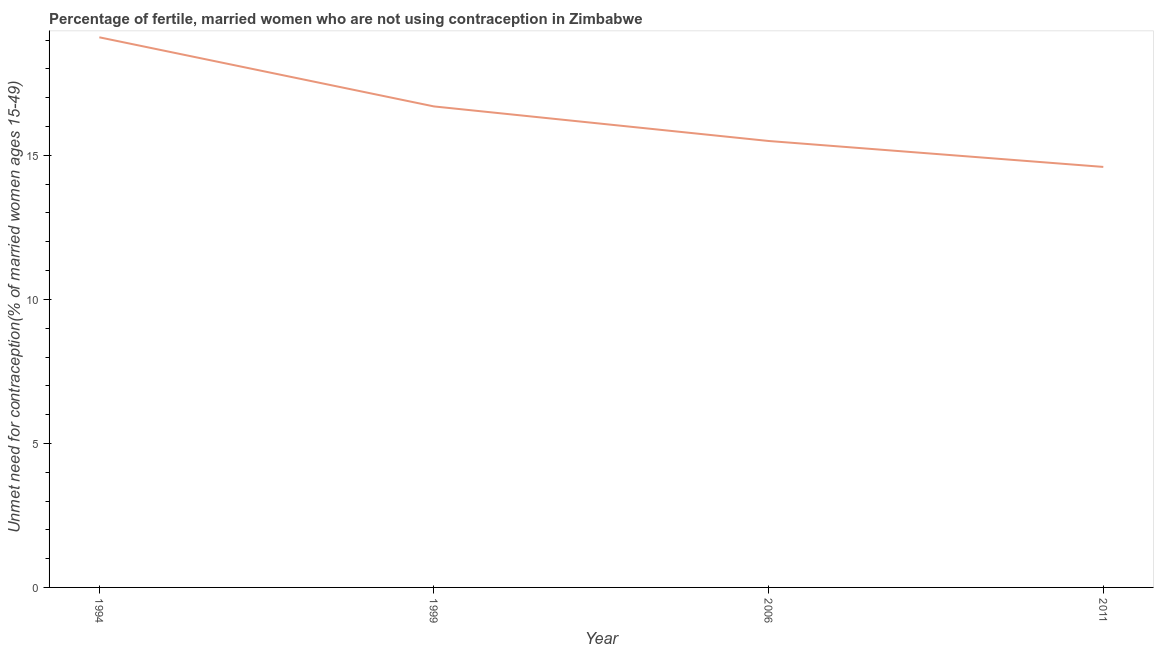
| Year | Unmet need for contraception |
 | --- | --- |
 | 1994 | 19.1 |
 | 1999 | 16.7 |
 | 2006 | 15.5 |
 | 2011 | 14.6 |